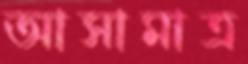
আসামাত্র